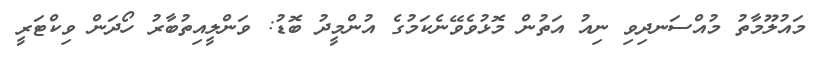
މައުލޫމާތު މުއްސަނދިވި ނިއު އަތުން މޮޅުވެވޭނެކަމުގެ އުންމީދު ބޮޑު: ވަންލީއިތުބާރު ހޯދަން ވިކްޓަރީ